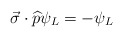
\begin{align*}\vec{\sigma }\cdot \widehat{p}\psi _{L}=-\psi _{L}\end{align*}